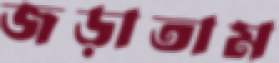
জড়াতাম